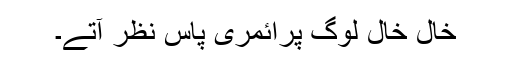
خال خال لوگ پرائمری پاس نظر آتے۔